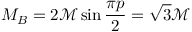
M _ { B } = 2 { \mathcal { M } } \sin \frac { \pi p } { 2 } = \sqrt { 3 } { \mathcal { M } }